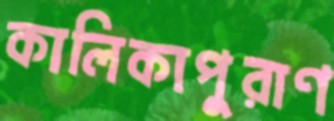
কালিকাপুরাণ